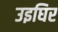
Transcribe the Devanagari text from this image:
उइघिर